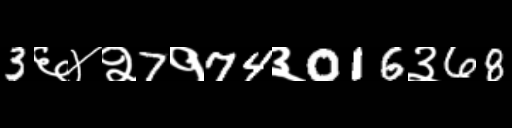
Text: 3६४२7१74३016३68